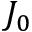
J _ { 0 }